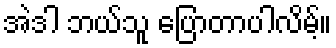
အဲဒါ ဘယ်သူ ပြောတာပါလိမ့်။